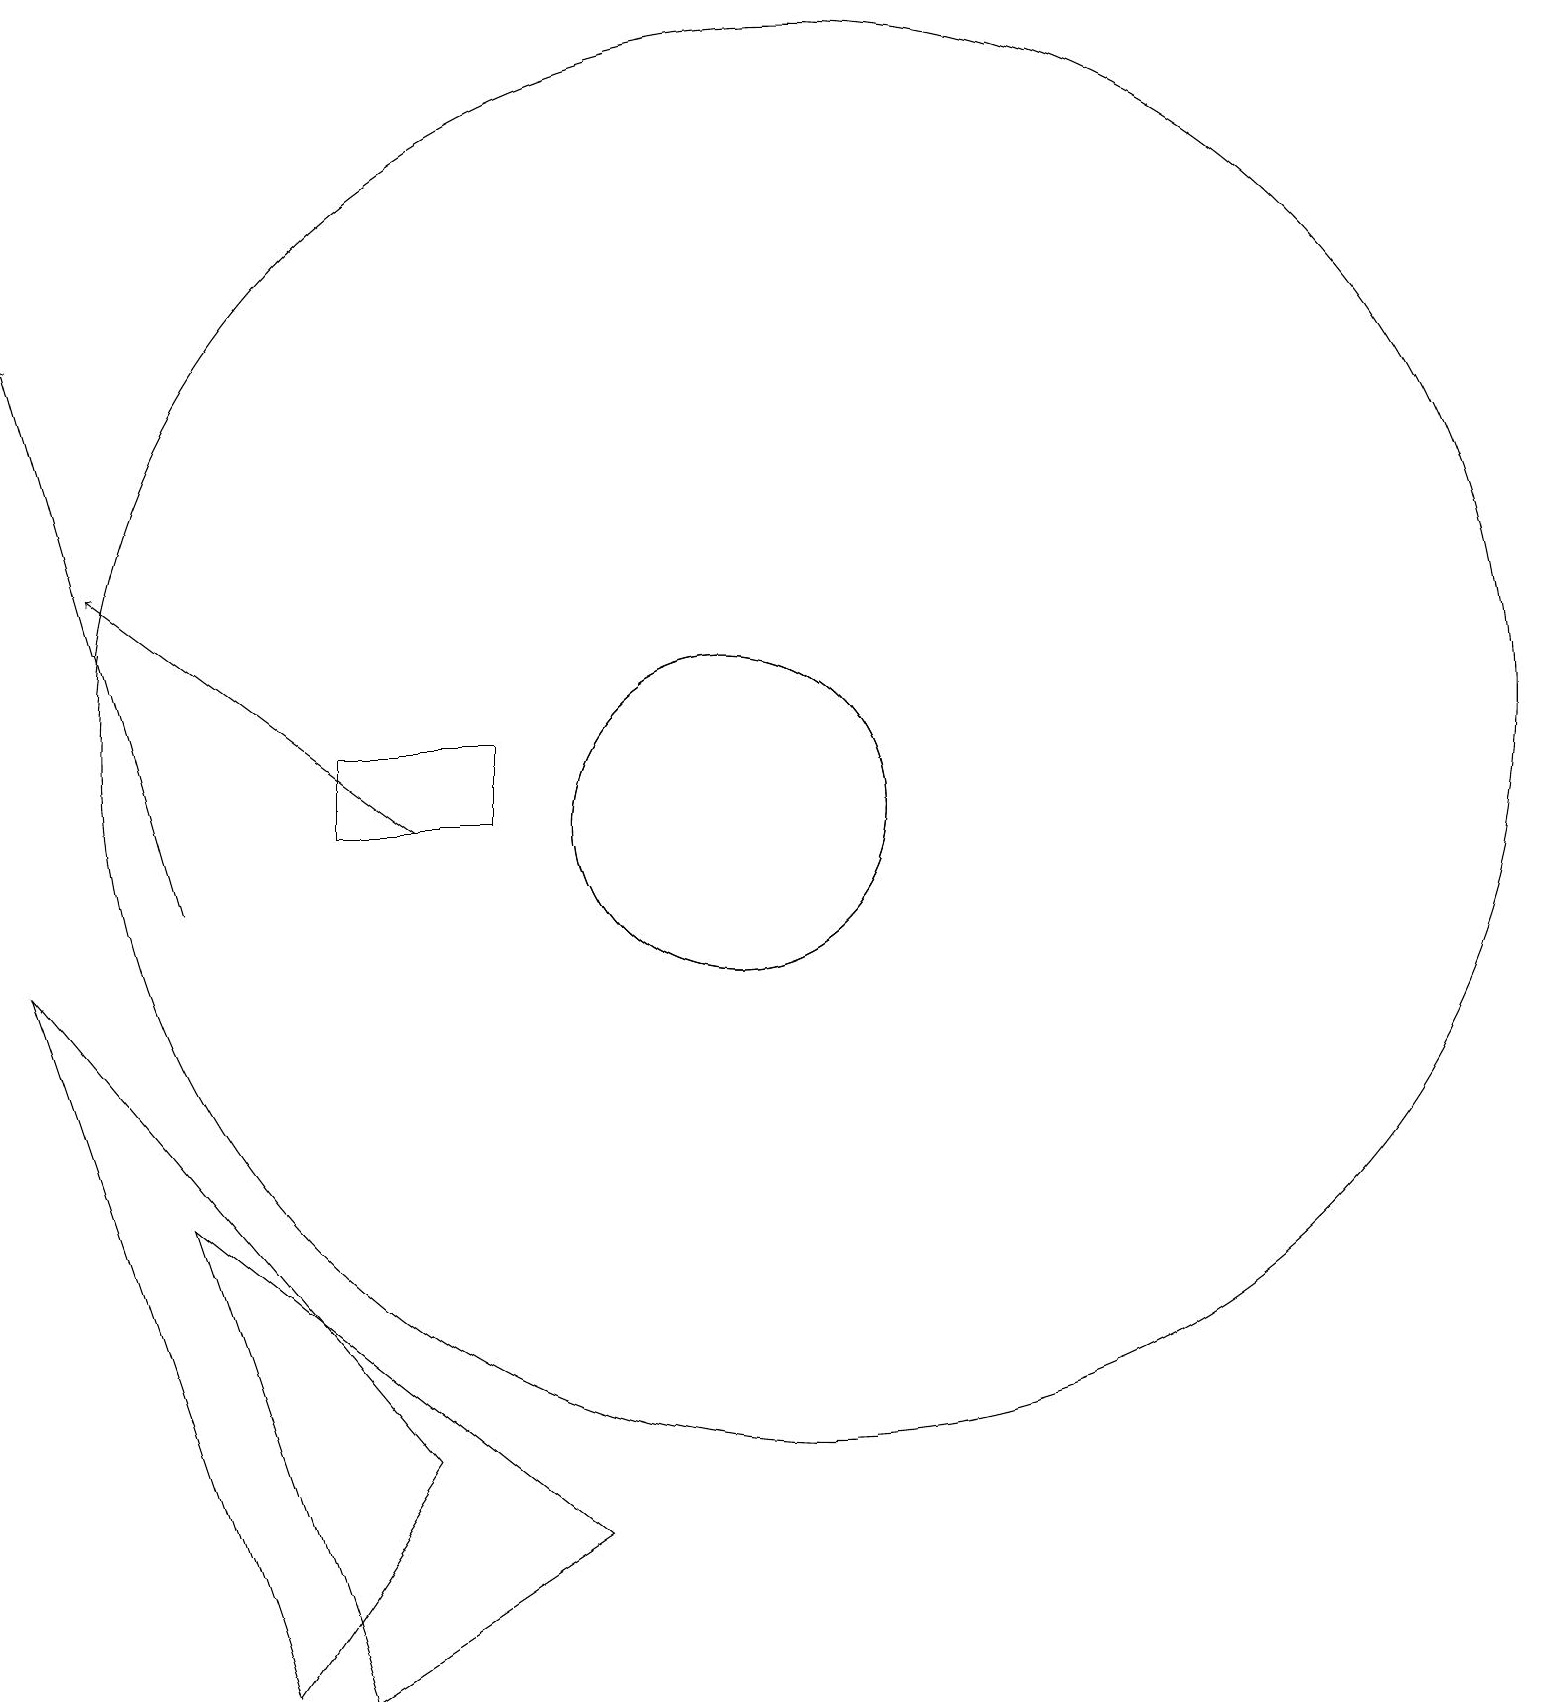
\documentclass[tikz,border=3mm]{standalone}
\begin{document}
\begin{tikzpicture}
\draw (11,11) circle (2);
\draw (7,3) -- (2,9) -- (5,0) -- cycle;
\draw (12,12) circle (9);
\draw[->] (7,11) -- (3,14);
\draw[->] (4,10) -- (2,17);
\draw (11,11) circle (2);
\draw (4,6) -- (6,0) -- (9,2) -- cycle;
\draw (6,11) rectangle (8,12);
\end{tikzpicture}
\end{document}